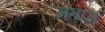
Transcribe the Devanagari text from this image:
मता॥